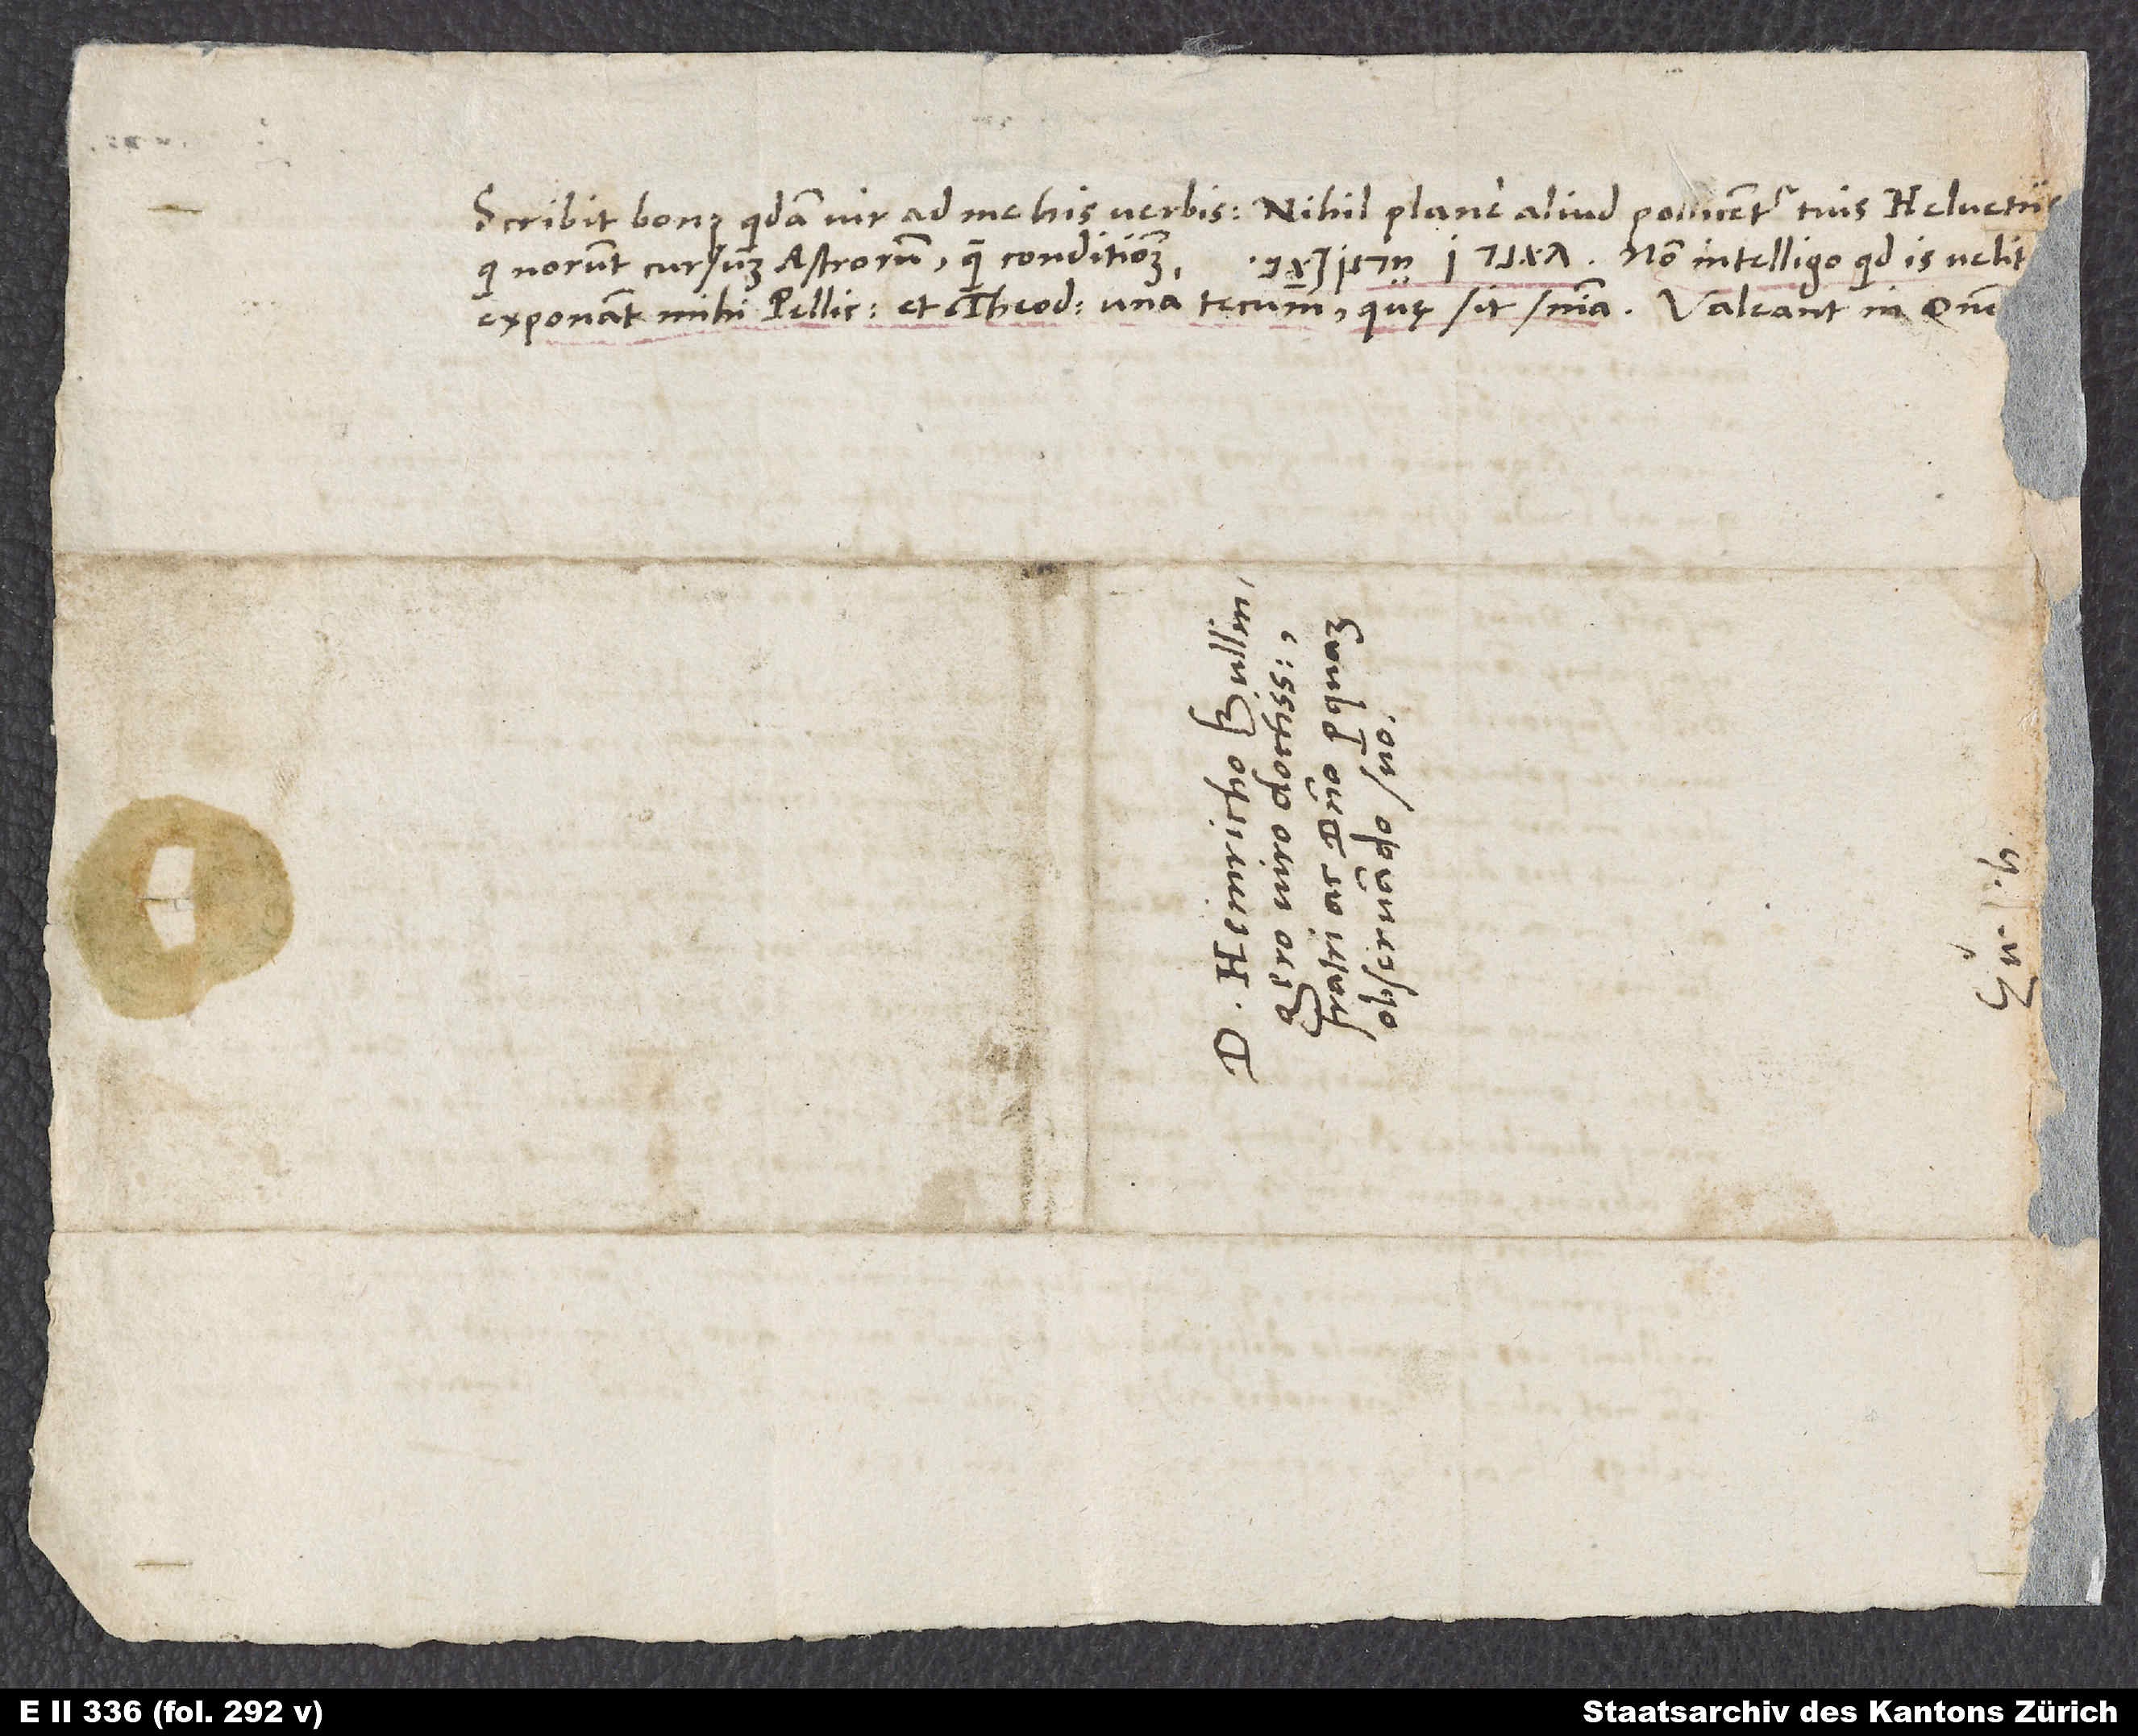
Scribit bonus quidam vir ad me his verbis: „Nihil plane aliud pollicentur tuis Helvetiis,
qui norunt cursum astrorum, quam conditionem
S.